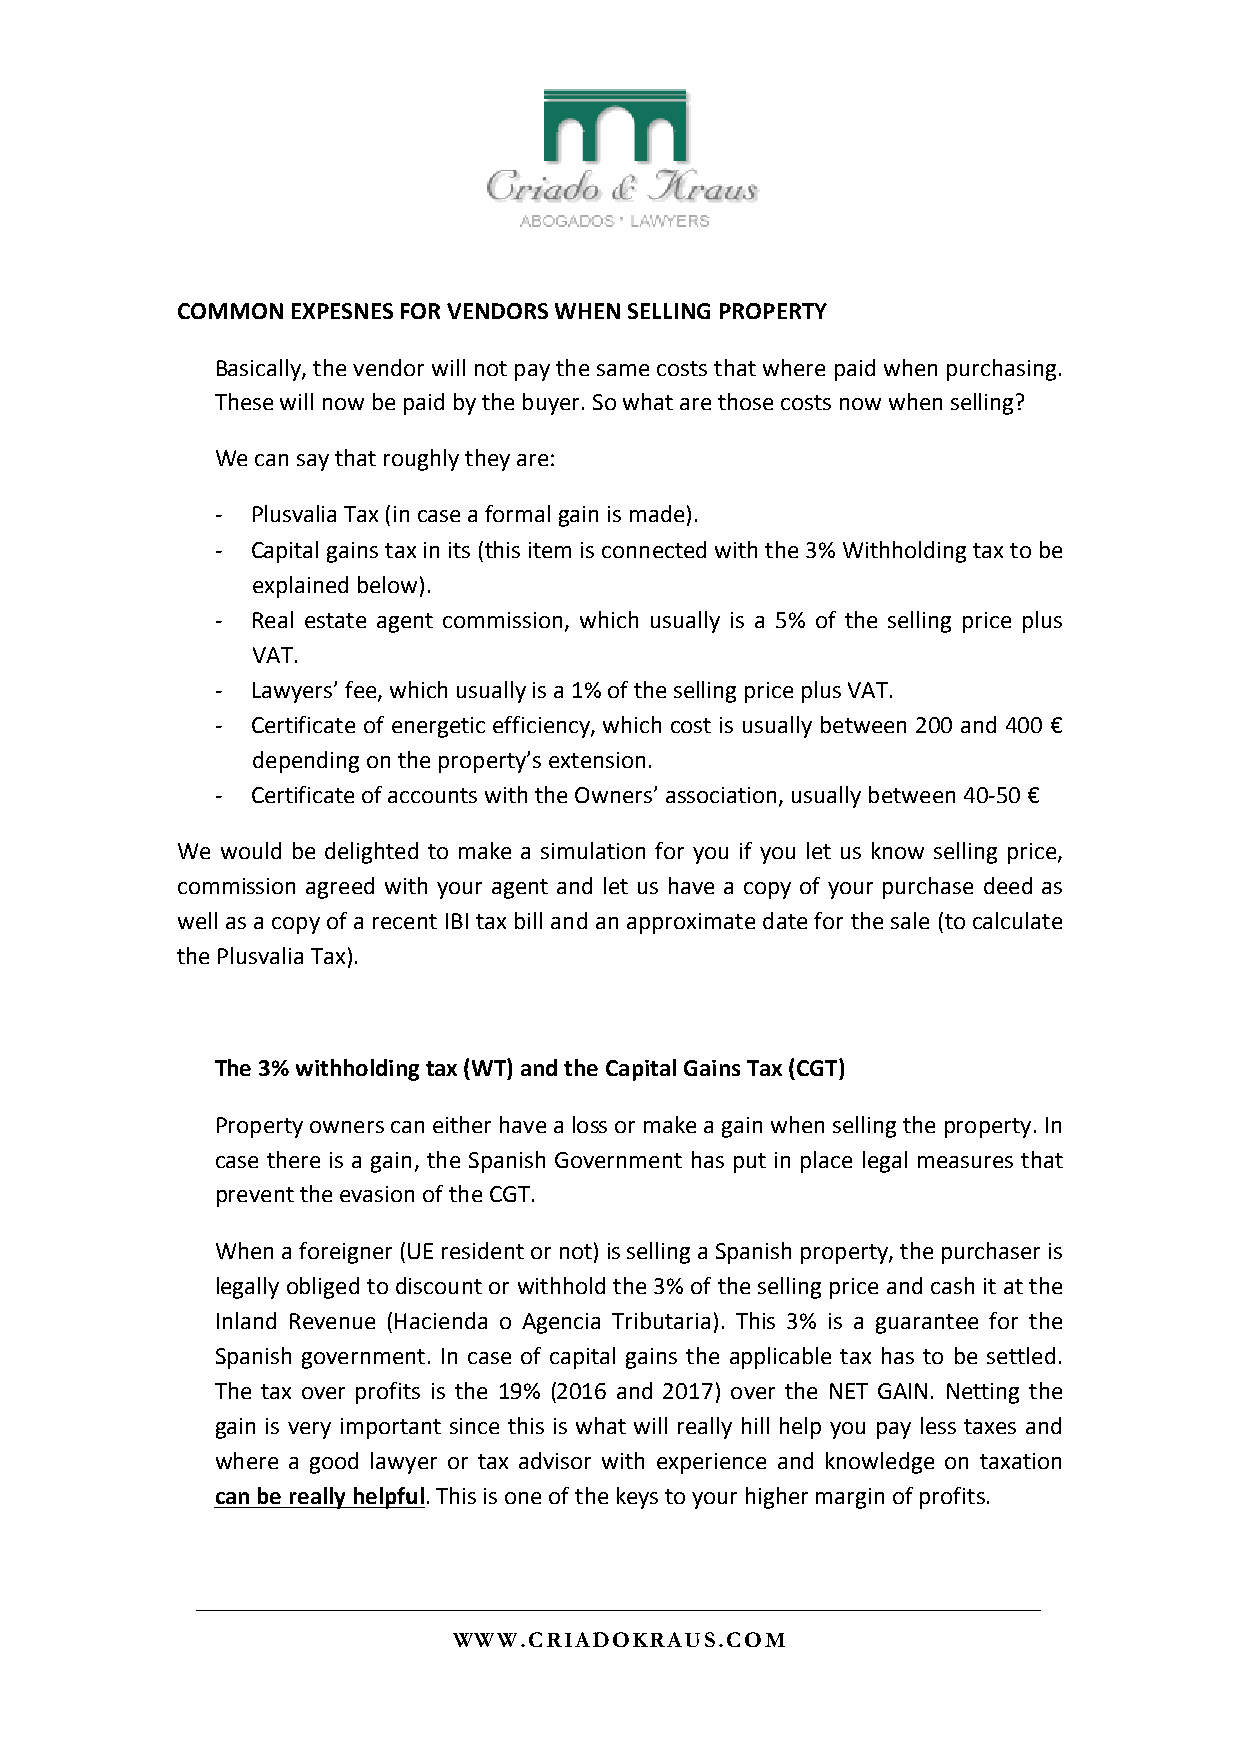
COMMON EXPESNES FOR VENDORS WHEN SELLING PROPERTY
 Basically, the vendor will not pay the same costs that where paid when purchasing.
 These will now be paid by the buyer. So what are those costs now when selling?
 We can say that roughly they are:
 -  Plusvalia Tax (in case a formal gain is made).
 -  Capital gains tax in its (this item is connected with the 3% Withholding tax to be
 explained below).
 -  Real estate agent commission, which usually is a 5% of the selling price plus
 VAT.
 -  Lawyers’ fee, which usually is a 1% of the selling price plus VAT.
 -  Certificate of energetic efficiency, which cost is usually between 200 and 400 €
 depending on the property’s extension.
 -  Certificate of accounts with the Owners’ association, usually between 40-50 €
 We would be delighted to make a simulation for you if you let us know selling price,
 commission agreed with your agent and let us have a copy of your purchase deed as
 well as a copy of a recent IBI tax bill and an approximate date for the sale (to calculate
 the Plusvalia Tax).
 The 3% withholding tax (WT) and the Capital Gains Tax (CGT)
 Property owners can either have a loss or make a gain when selling the property. In
 case there is a gain, the Spanish Government has put in place legal measures that
 prevent the evasion of the CGT.
 When a foreigner (UE resident or not) is selling a Spanish property, the purchaser is
 legally obliged to discount or withhold the 3% of the selling price and cash it at the
 Inland Revenue (Hacienda o Agencia Tributaria). This 3% is a guarantee for the
 Spanish government. In case of capital gains the applicable tax has to be settled.
 The tax over profits is the 19% (2016 and 2017) over the NET GAIN. Netting the
 gain is very important since this is what will really hill help you pay less taxes and
 where a good lawyer or tax advisor with experience and knowledge on taxation
 can be really helpful. This is one of the keys to your higher margin of profits.
 WWW.CRIADOKRAUS.COM